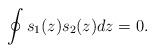
LaTeX: \begin{align*}\oint s_{1}(z) s_2(z)dz=0.\end{align*}